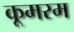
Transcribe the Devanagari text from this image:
कूमरम